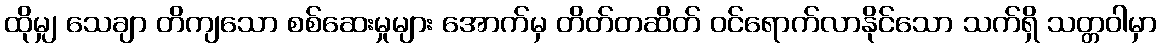
ထိုမျှ သေချာ တိကျသော စစ်ဆေးမှုများ အောက်မှ တိတ်တဆိတ် ဝင်ရောက်လာနိုင်သော သက်ရှိ သတ္တဝါမှာ